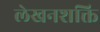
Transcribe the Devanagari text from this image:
लेखनशक्ति